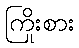
ကြိုးစား